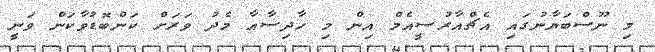
މި ނޫސްބަޔާނުގައި އެޗްއާރުސީއެމް އިން މި ހާދިސާއާ މެދު ވަރަށް ކަންބޮޑުވާކަން ވަނީ